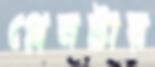
প্লেনটার